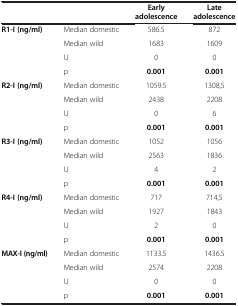
<table><thead><tr><td><b> </b></td><td><b> </b></td><td><b>Early adolescence</b></td><td><b>Late adolescence</b></td></tr></thead><tbody><tr><td><b>R1-I (ng/ml)</b></td><td>Median domestic</td><td>586.5</td><td>872</td></tr><tr><td rowspan="3"> </td><td>Median wild</td><td>1683</td><td>1609</td></tr><tr><td>U</td><td>0</td><td>0</td></tr><tr><td>p</td><td><b>0.001</b></td><td><b>0.001</b></td></tr><tr><td><b>R2-I (ng/ml)</b></td><td>Median domestic</td><td>1059.5</td><td>1308,5</td></tr><tr><td rowspan="3"> </td><td>Median wild</td><td>2438</td><td>2208</td></tr><tr><td>U</td><td>0</td><td>6</td></tr><tr><td>p</td><td><b>0.001</b></td><td><b>0.001</b></td></tr><tr><td><b>R3-I (ng/ml)</b></td><td>Median domestic</td><td>1052</td><td>1056</td></tr><tr><td rowspan="3"> </td><td>Median wild</td><td>2563</td><td>1836</td></tr><tr><td>U</td><td>4</td><td>2</td></tr><tr><td>p</td><td><b>0.001</b></td><td><b>0.001</b></td></tr><tr><td><b>R4-I (ng/ml)</b></td><td>Median domestic</td><td>717</td><td>714,5</td></tr><tr><td rowspan="3"> </td><td>Median wild</td><td>1927</td><td>1843</td></tr><tr><td>U</td><td>2</td><td>0</td></tr><tr><td>p</td><td><b>0.001</b></td><td><b>0.001</b></td></tr><tr><td><b>MAX-I (ng/ml)</b></td><td>Median domestic</td><td>1133.5</td><td>1436.5</td></tr><tr><td rowspan="2"> </td><td>Median wild</td><td>2574</td><td>2208</td></tr><tr><td>U</td><td>0</td><td>0</td></tr><tr><td> </td><td>p</td><td><b>0.001</b></td><td><b>0.001</b></td></tr></tbody></table>